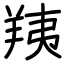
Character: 羠